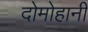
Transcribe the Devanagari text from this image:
दोमोहानी